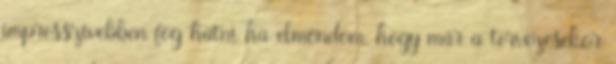
impresszívebben fog hatni ha elmondom, hogy már a tervezésekor